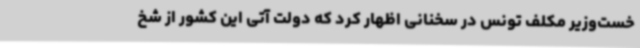
خست‌وزیر مکلف تونس در سخنانی اظهار کرد که دولت آتی این کشور از شخ